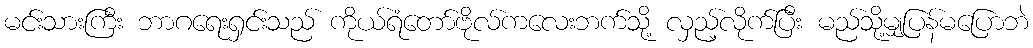
မင်းသားကြီး ဘာဂရေးရှင်းသည် ကိုယ်ရံတော်ဗိုလ်ကလေးဘက်သို့ လှည့်လိုက်ပြီး မည်သို့မျှပြန်မပြောဘဲ